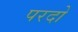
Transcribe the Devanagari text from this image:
परदो